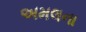
અમલના